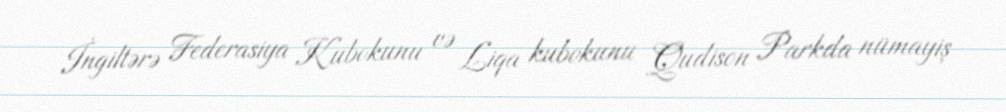
İngiltərə Federasiya Kubokunu və Liqa kubokunu Qudison Parkda nümayiş